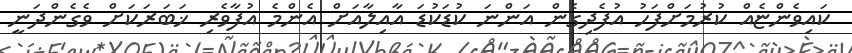
ކައިވެންޏެއް ކުރުމަށްފަހު އުފެދިގެން އަންނަ ކުޑަކުޑަ އާއިލާއަށް އެންމެ އުފާވެރި ޚަބަރަކަށް ވެގެންދަނީ